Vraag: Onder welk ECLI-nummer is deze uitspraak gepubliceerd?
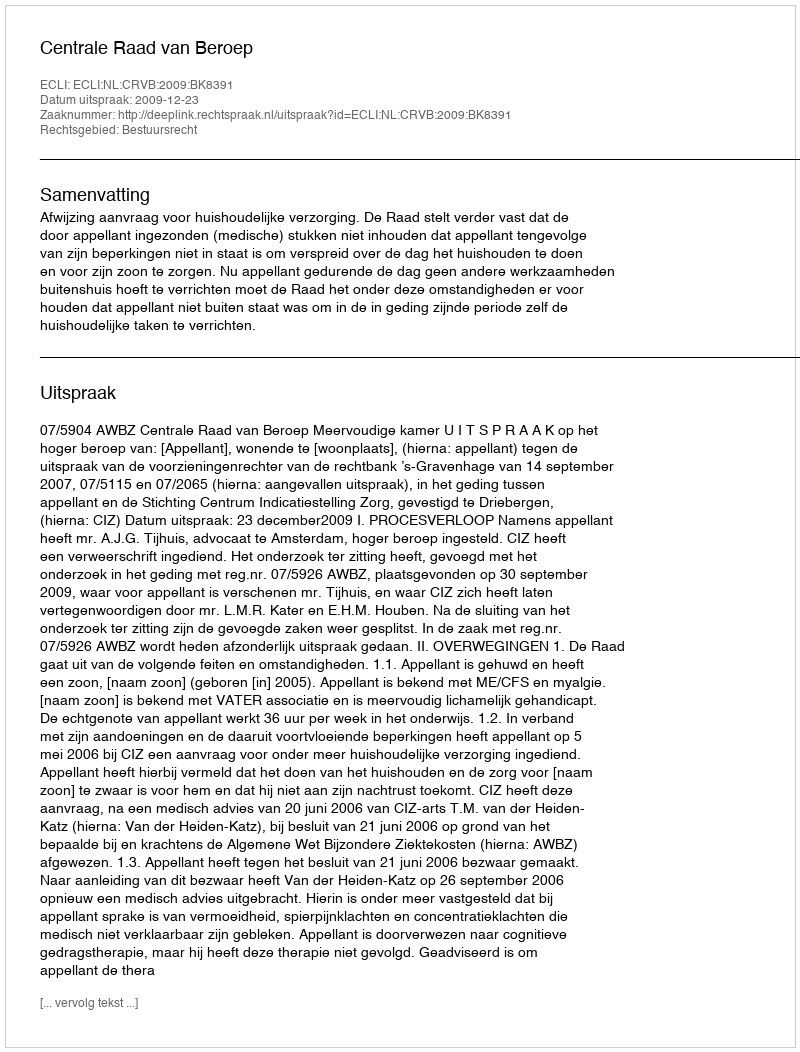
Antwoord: ECLI:NL:CRVB:2009:BK8391